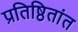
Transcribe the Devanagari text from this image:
प्रतिष्ठितांत